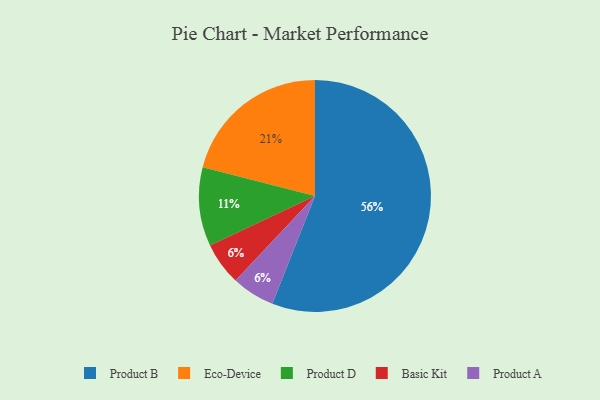
{"axis": {"x": "Category", "y": "Percentage"}, "legend": ["Basic Kit", "Eco-Device", "Product A", "Product B", "Product D"], "data": [{"x": "Basic Kit", "y": 6, "type": "Basic Kit"}, {"x": "Eco-Device", "y": 21, "type": "Eco-Device"}, {"x": "Product D", "y": 11, "type": "Product D"}, {"x": "Product A", "y": 6, "type": "Product A"}, {"x": "Product B", "y": 56, "type": "Product B"}]}